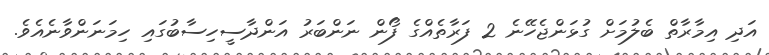
އަދި އިމާރާތް ބެލުމަށް ގުޅަންޖެހޭނެ 2 ފަރާތެއްގެ ފޯން ނަންބަރު އަންދާސީހިސާބުގައި ހިމަނަންވާނެއެވެ.